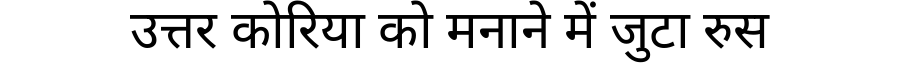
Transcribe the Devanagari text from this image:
उत्तर कोरिया को मनाने में जुटा रुस